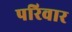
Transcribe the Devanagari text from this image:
परिवार